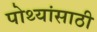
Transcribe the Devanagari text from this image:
पोथ्यांसाठी